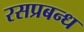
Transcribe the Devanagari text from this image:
रसप्रबन्ध